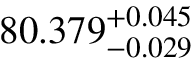
8 0 . 3 7 9 _ { - 0 . 0 2 9 } ^ { + 0 . 0 4 5 }